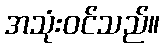
အသုံးဝင်သည်။